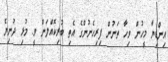
އިންޑިޔާ މީހުން ވިހާ ތަނުން ފިރިހެނުންގެ އެތި ބުރިކޮއްލަން ވީ. މުޅި ދުނިޔެ